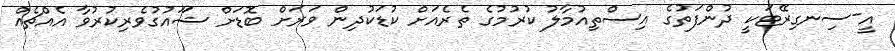
އީ-ސިނގިރޭޓަކީ ދުންފަތުގެ އިސްތިއުމާލު ކުރުމުގެ ތެރެއަށް ކުޑަކުދިން ވަރަށް ބޮޑަށް ޝަައުގުވެރިކުރުވާ އެއްޗެއް